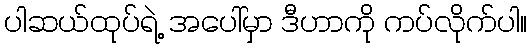
ပါဆယ်ထုပ်ရဲ့ အပေါ်မှာ ဒီဟာကို ကပ်လိုက်ပါ။